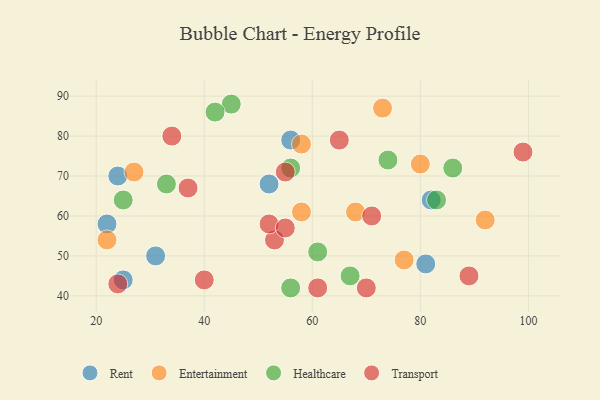
{"axis": {"x": "GDP", "y": "Life Expectancy"}, "legend": ["Entertainment", "Healthcare", "Rent", "Transport"], "data": [{"x": "24", "y": 70, "type": "Rent"}, {"x": "25", "y": 44, "type": "Rent"}, {"x": "31", "y": 50, "type": "Rent"}, {"x": "52", "y": 68, "type": "Rent"}, {"x": "82", "y": 64, "type": "Rent"}, {"x": "56", "y": 79, "type": "Rent"}, {"x": "22", "y": 58, "type": "Rent"}, {"x": "81", "y": 48, "type": "Rent"}, {"x": "58", "y": 78, "type": "Entertainment"}, {"x": "73", "y": 87, "type": "Entertainment"}, {"x": "80", "y": 73, "type": "Entertainment"}, {"x": "27", "y": 71, "type": "Entertainment"}, {"x": "68", "y": 61, "type": "Entertainment"}, {"x": "77", "y": 49, "type": "Entertainment"}, {"x": "92", "y": 59, "type": "Entertainment"}, {"x": "58", "y": 61, "type": "Entertainment"}, {"x": "22", "y": 54, "type": "Entertainment"}, {"x": "56", "y": 72, "type": "Healthcare"}, {"x": "74", "y": 74, "type": "Healthcare"}, {"x": "83", "y": 64, "type": "Healthcare"}, {"x": "56", "y": 42, "type": "Healthcare"}, {"x": "25", "y": 64, "type": "Healthcare"}, {"x": "67", "y": 45, "type": "Healthcare"}, {"x": "86", "y": 72, "type": "Healthcare"}, {"x": "45", "y": 88, "type": "Healthcare"}, {"x": "61", "y": 51, "type": "Healthcare"}, {"x": "33", "y": 68, "type": "Healthcare"}, {"x": "42", "y": 86, "type": "Healthcare"}, {"x": "61", "y": 42, "type": "Transport"}, {"x": "55", "y": 71, "type": "Transport"}, {"x": "65", "y": 79, "type": "Transport"}, {"x": "99", "y": 76, "type": "Transport"}, {"x": "89", "y": 45, "type": "Transport"}, {"x": "71", "y": 60, "type": "Transport"}, {"x": "37", "y": 67, "type": "Transport"}, {"x": "34", "y": 80, "type": "Transport"}, {"x": "40", "y": 44, "type": "Transport"}, {"x": "53", "y": 54, "type": "Transport"}, {"x": "24", "y": 43, "type": "Transport"}, {"x": "52", "y": 58, "type": "Transport"}, {"x": "55", "y": 57, "type": "Transport"}, {"x": "70", "y": 42, "type": "Transport"}]}